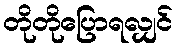
တိုတိုပြောရလျှင်